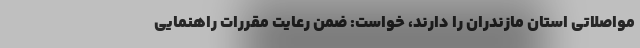
مواصلاتی استان مازندران را دارند، خواست: ضمن رعایت مقررات راهنمایی